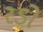
રડો